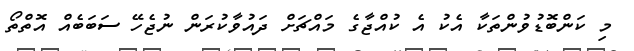
މި ކަންބޮޑުވުންތަކާ އެކު އެ ކުއްޖާގެ މައްޗަށް ދައުވާކުރަން ނުޖެހޭ ސަބަބެއް އޮތްތޯ